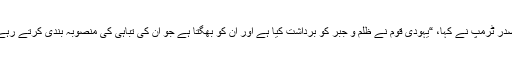
صدر ٹرمپ نے کہا، “یہودی قوم نے ظلم و جبر کو برداشت کیا ہے اور اُن کو بھگتا ہے جو اِن کی تباہی کی منصوبہ بندی کرتے رہے۔